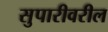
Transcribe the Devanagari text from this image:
सुपारीवरील